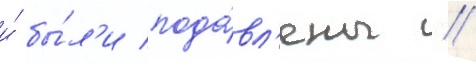
и́ бы́л'и пода́вл'ены //